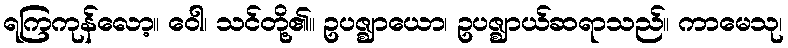
ရကြကုန်လော့။ ဝေါ၊ သင်တို့၏။ ဥပဇ္ဈာယော၊ ဥပဇ္ဈာယ်ဆရာသည်။ ကာမေသု၊